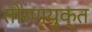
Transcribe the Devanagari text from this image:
तोरणयुक्त